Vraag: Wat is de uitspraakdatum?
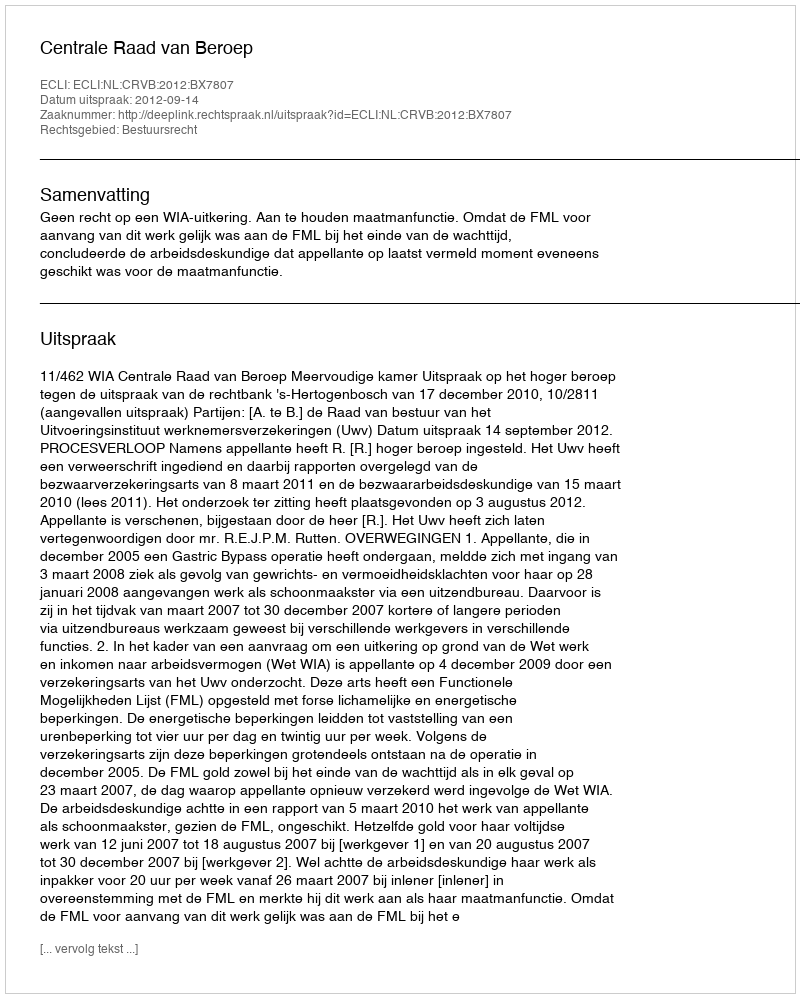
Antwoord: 2012-09-14